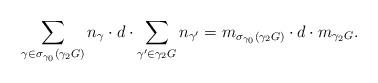
LaTeX: \begin{align*} \sum_{\gamma\in \sigma_{\gamma _0}(\gamma_2G)}n_{\gamma} \cdot d\cdot \sum_{\gamma'\in\gamma _2G} n_{\gamma'}=m_{\sigma_{\gamma _0}(\gamma_2 G)}\cdot d\cdot m_{\gamma_2 G}. \end{align*}